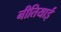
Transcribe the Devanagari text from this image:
नीतियाई